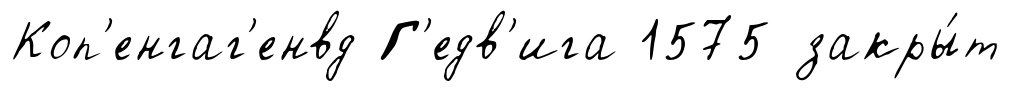
Коп'енгаг'енвд Г'едв'ига 1575 закры́т